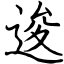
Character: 逡